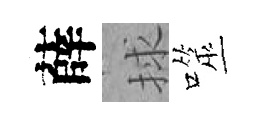
薛捄噬